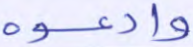
وادعوه